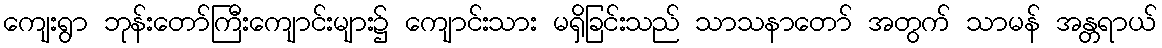
ကျေးရွာ ဘုန်းတော်ကြီးကျောင်းများ၌ ကျောင်းသား မရှိခြင်းသည် သာသနာတော် အတွက် သာမန် အန္တရာယ်